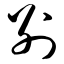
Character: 别